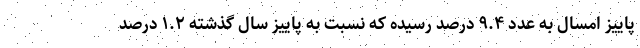
پاییز امسال به عدد ۹.۴ درصد رسیده که نسبت به پاییز سال گذشته ۱.۲ درصد